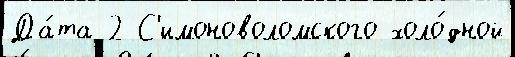
Да́та 2 С'имоноволомского холо́дной